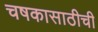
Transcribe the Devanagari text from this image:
चषकासाठीची